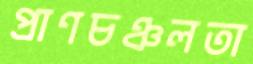
প্রাণচঞ্চলতা